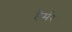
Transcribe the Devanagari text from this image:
हैर्मर